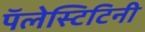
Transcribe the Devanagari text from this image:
पॅलेस्टिटिनी